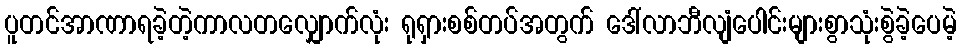
ပူတင်အာဏာရခဲ့တဲ့ကာလတလျှောက်လုံး ရုရှားစစ်တပ်အတွက် ဒေါ်လာဘီလျံပေါင်းများစွာသုံးစွဲခဲ့ပေမဲ့